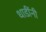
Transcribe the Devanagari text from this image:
धाडींनी